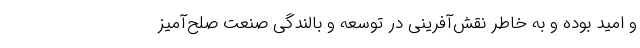
و امید بوده و به خاطر نقش‌آفرینی در توسعه و بالندگی صنعت صلح‌آمیز